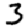
Digit: 3